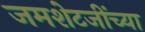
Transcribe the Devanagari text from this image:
जमशेटजींच्या